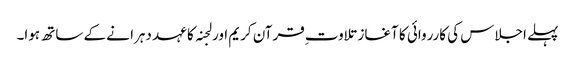
پہلے اجلاس کی کارروائی کا آغاز تلاوت ِقرآن کریم اور لجنہ کا عہد دہرا نے کے ساتھ ہوا۔